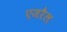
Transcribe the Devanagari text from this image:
एजरैल